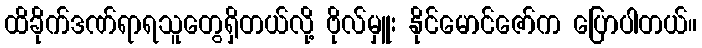
ထိခိုက်ဒဏ်ရာရသူတွေရှိတယ်လို့ ဗိုလ်မှူး နိုင်မောင်ဇော်က ပြောပါတယ်။